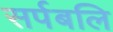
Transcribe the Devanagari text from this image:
सर्पबलि